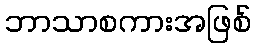
ဘာသာစကားအဖြစ်